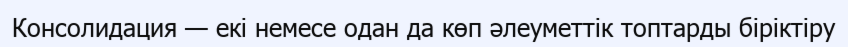
Консолидация — екі немесе одан да көп әлеуметтік топтарды біріктіру